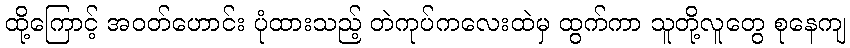
ထို့ကြောင့် အဝတ်ဟောင်း ပုံထားသည့် တဲကုပ်ကလေးထဲမှ ထွက်ကာ သူတို့လူတွေ စုနေကျ